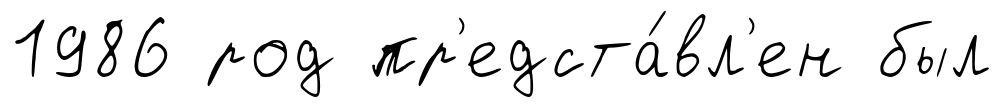
1986 род пр'едста́вл'ен был